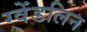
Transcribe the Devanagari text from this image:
ग्वेंडलिन